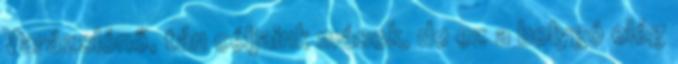
Varázslónő, tán céljaink mások, de ez a bolygó elég